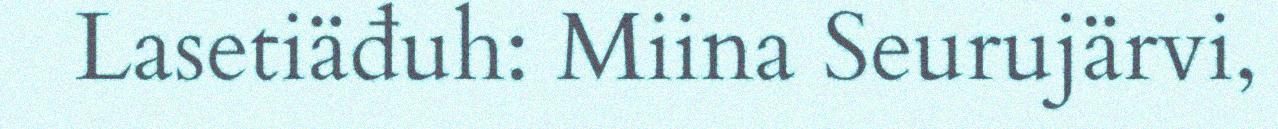
Lasetiäđuh: Miina Seurujärvi,